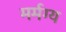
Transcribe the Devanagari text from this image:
मर्मग्य